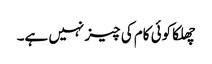
چھلکا کوئی کام کی چیز نہیں ہے۔